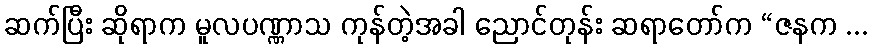
ဆက်ပြီး ဆိုရာက မူလပဏ္ဏာသ ကုန်တဲ့အခါ ညောင်တုန်း ဆရာတော်က “ဇနက ...